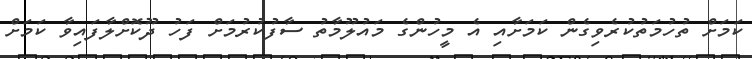
ކަމަށް ތުހުމަތުކުރެވިގެން ކަމަށާއި އެ މީހުންގެ މައުލޫމާތު ސާފުކުރުމަށް ފަހު ދޫކޮށްލާފައިވާ ކަމަށް